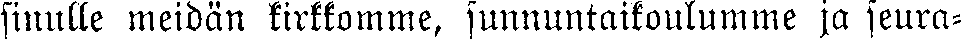
sinulle meidän kirkkomme, sunnuntaikoulumme ja seura-